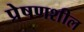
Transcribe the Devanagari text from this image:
प्रेषणशील